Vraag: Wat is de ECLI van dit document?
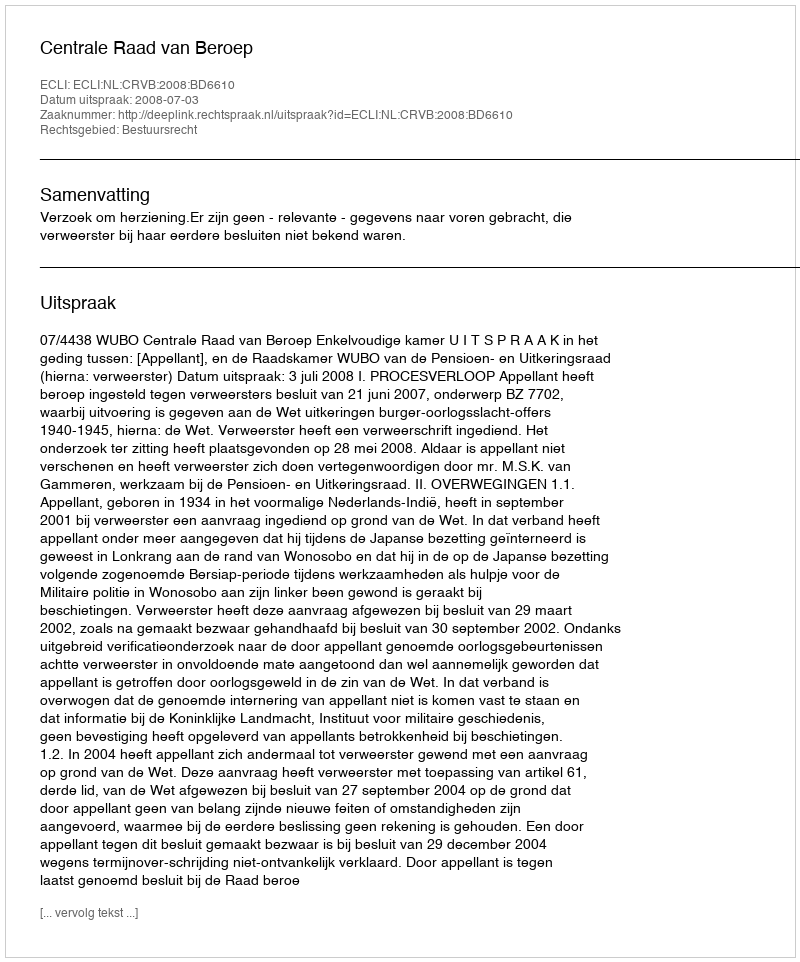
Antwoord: ECLI:NL:CRVB:2008:BD6610